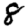
Digit: 8